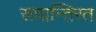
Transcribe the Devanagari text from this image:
रूपान्तिरत